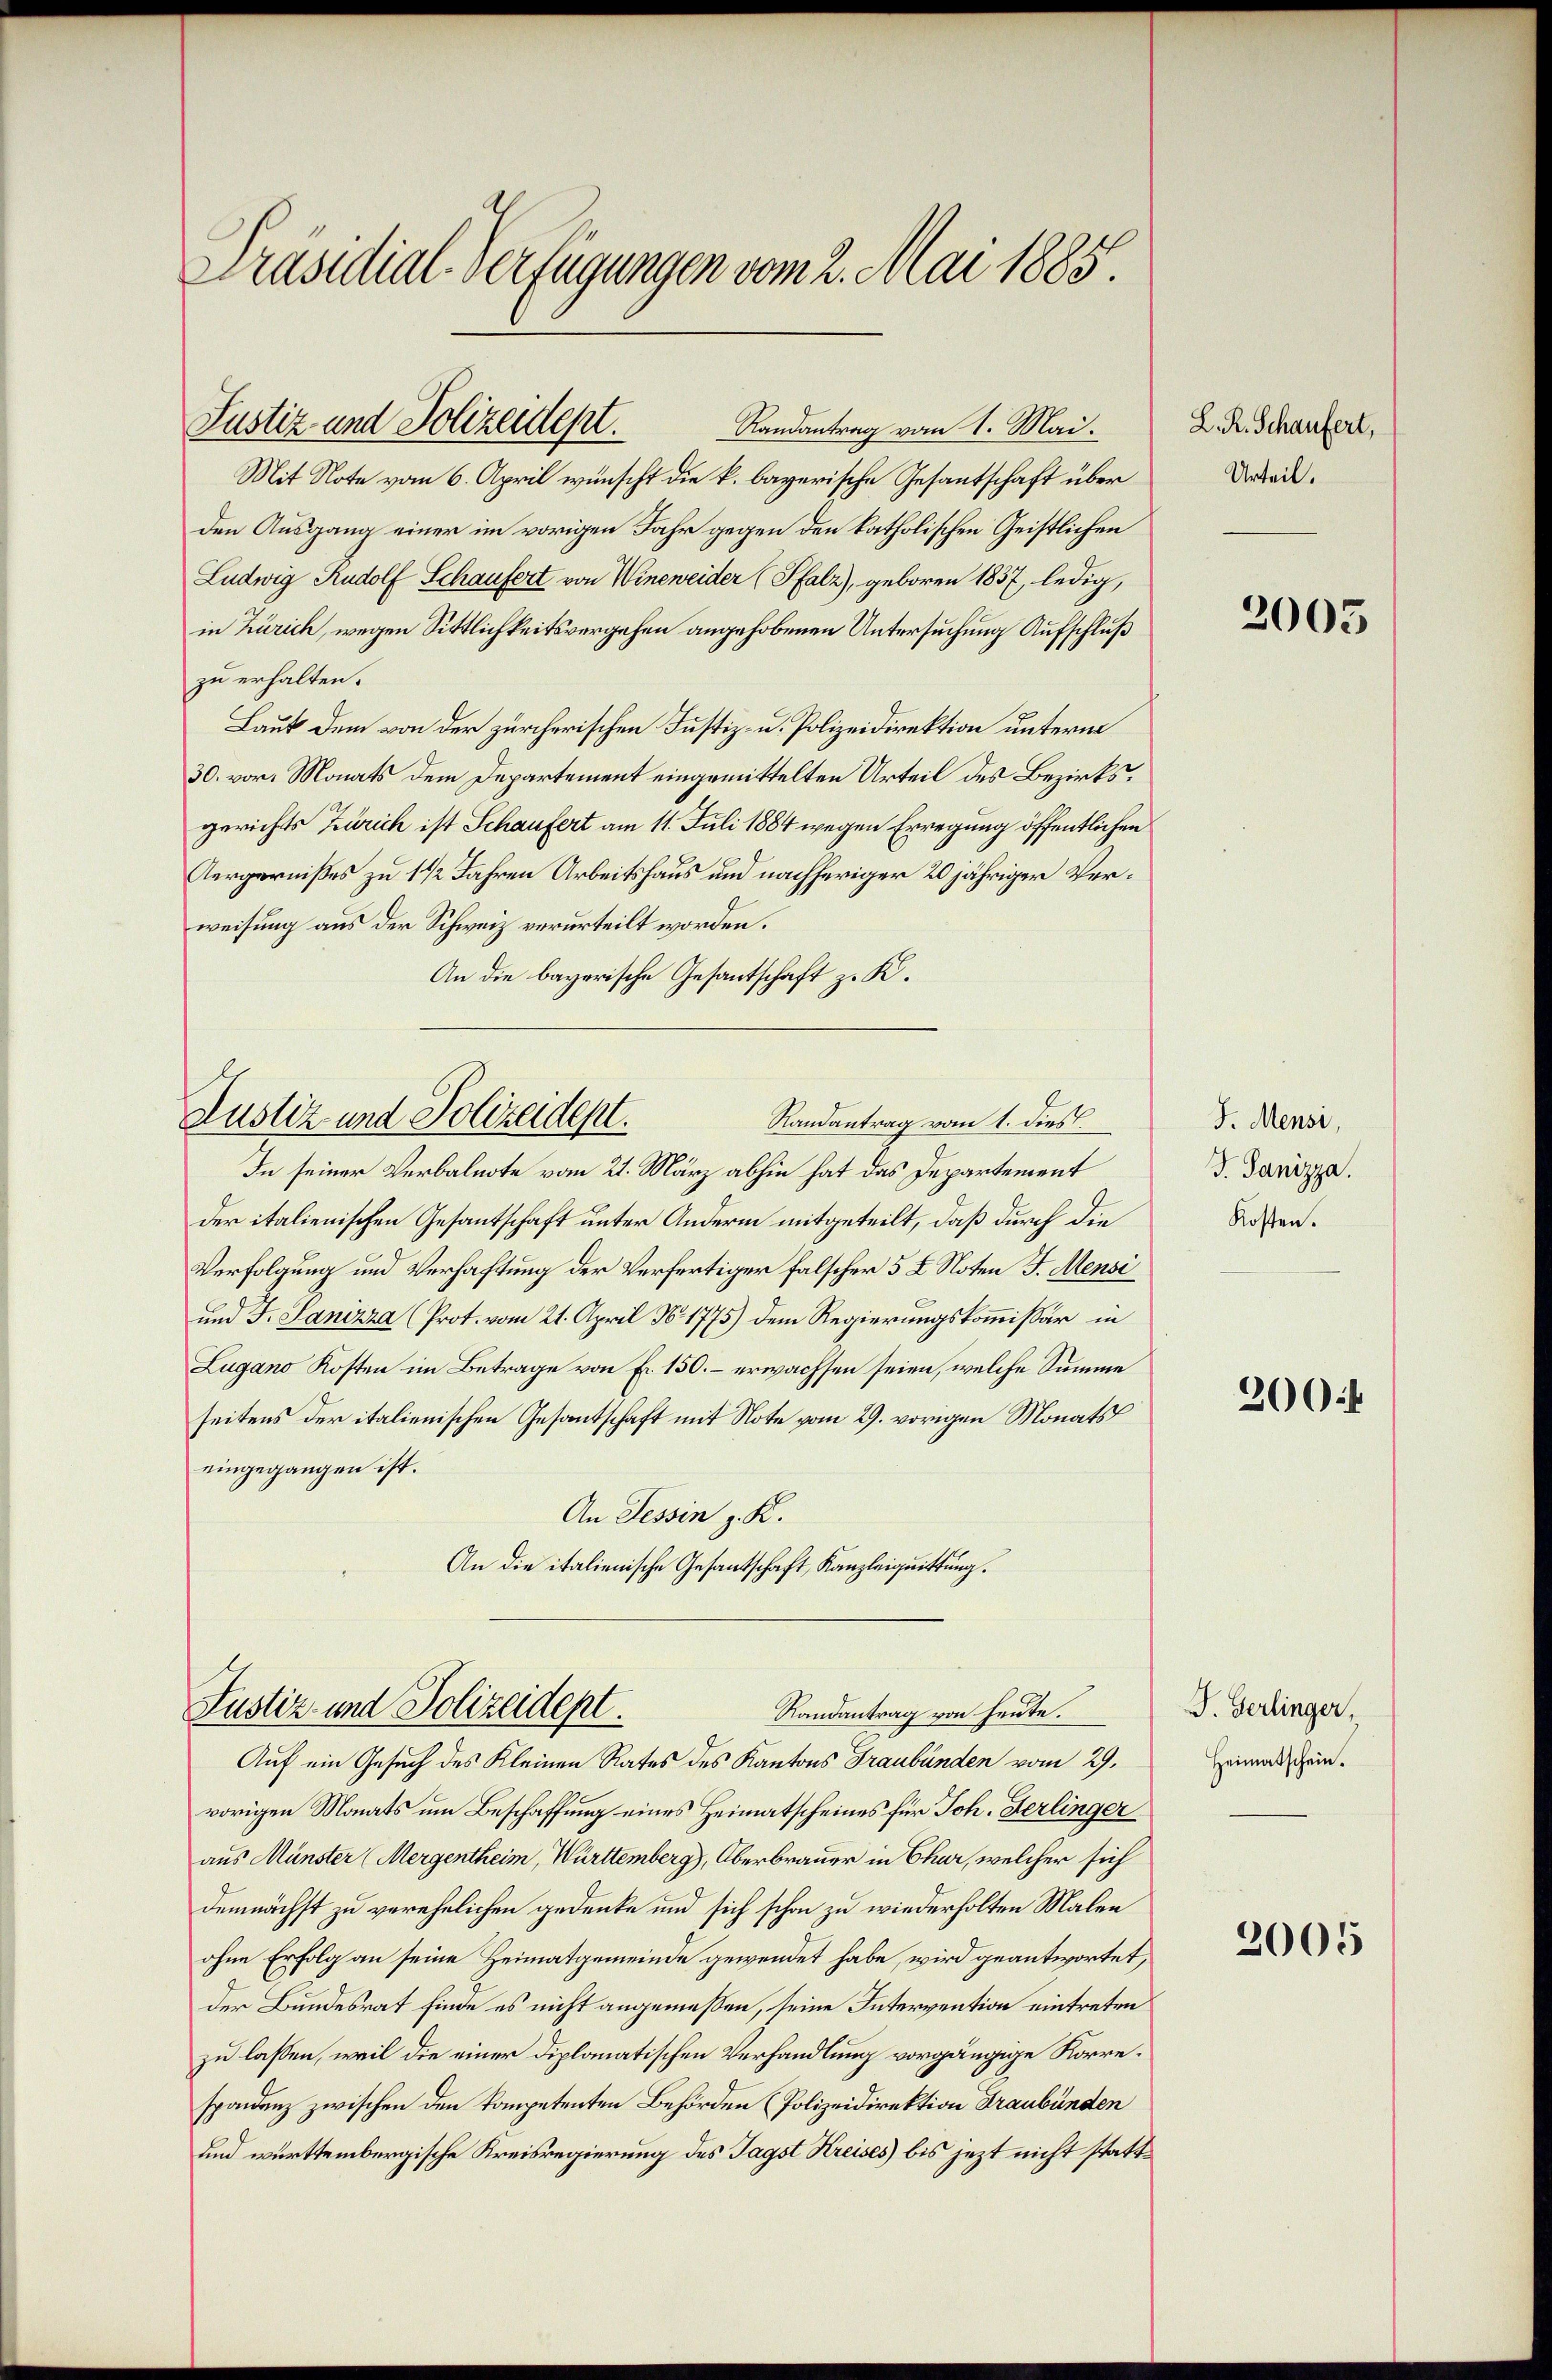
Präsidial-Verfügungen vom 2. Mai 1885

Mit Note vom 6. April wünscht die k. bayerische Gesantschaft über
den Ausgang einer im vorigen Jahr gegen den katholischen Geistlichen
Ludwig Rudolf Schaufert von Wineweider (Pfalz), geboren 1837, ledig,
in Zürich, wegen Sittlichkeitsvergehen angehobenen Untersuchung Aufschluß
zu erhalten.
Laut dem von der zürcherischen Justiz- u. Polizeidirektion unterm
30. vor. Monats dem Departement eingemittelten Urteil des Bezirksgerichts Zürich ist Schaufert am 11. Juli 1884 wegen Erregung öffentlichen
Aergernißes zu 1 1/2 Jahren Arbeitshaus und nachheriger 20 jähriger Verweisung aus der Schweiz verurteilt worden.
An die bayerische Gesantschaft z. K.

Justiz und Polizeidept.

Randantrag vom 1. Mai.

In seiner Verbalnote vom 21. März abhin hat das Departement
der italienischen Gesantschaft unter Andern mitgeteilt, daß durch die
Verfolgung und Verhaftung der Verfertiger falscher 5 L Noten J. Mensc
und J. Sanizza (Prot. vom 21. April N. 1775) dem Regierungskommissär in
Lugano Kosten im Betrage von Fr. 150. – erwachsen seien, welche Summe
seitens der italienischen Gesantschaft mit Note vom 29. vorigen Monats
eingegangen ist.
An Tessin z. K.
An die italienische Gesantschaft, Kanzleiquittung.

Justiz- und Polizeidept.
Randantrag vom 1. dies

Justiz- und Polizeidept.
Randantrag von heute.
Auf ein Gesuch des Kleinen Rates des Kantons Graubünden vom 29.

vorigen Monats um Beschaffung eines Heimatscheines für Joh. Herlinger
aus Münster (Mergentheim, Württemberg), Oberbrauer in Chur, welcher sich
demnächst zu verehelichen gedenke und sich schon zu wiederholten Malen
ohne Erfolg an seine Heimatgemeinde gewendet habe, wird geantwortet,
der Bundesrat finde es nicht angemeßen, seine Intervention eintreten
zu lassen, weil die einer diplomatischen Verhandlung vorgängige Korrespondenz zwischen den kompetenten Behörden (Polizeidirektion Graubünden
und württembergische Kreisregierung des Tagst Kreises) bis jezt nicht statt¬

L. R. Schaufert,
Urteil.

2005

J. Mensi,
G. Sanizza.
Kosten.

200f

F. Gerlinger,
Heimatschein.

2005